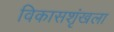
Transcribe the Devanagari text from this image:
विकासशृंखला